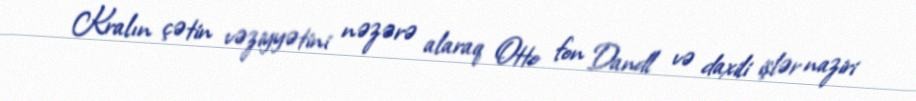
Kralın çətin vəziyyətini nəzərə alaraq Otto fon Dandl və daxili işlər naziri